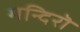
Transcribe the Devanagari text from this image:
मन्दिरॊ